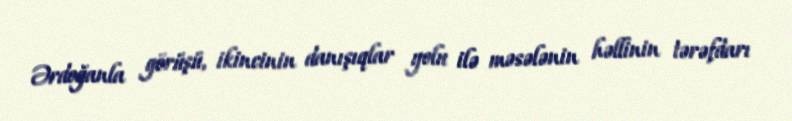
Ərdoğanla görüşü, ikincinin danışıqlar yolu ilə məsələnin həllinin tərəfdarı